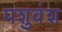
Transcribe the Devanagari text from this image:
पशुवंश